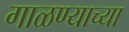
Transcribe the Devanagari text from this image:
गाळण्याच्या